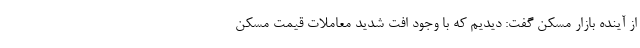
از آینده بازار مسکن گفت: دیدیم که با وجود افت شدید معاملات قیمت مسکن